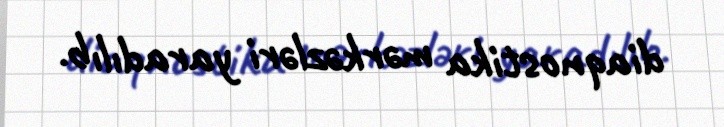
diaqnostika mərkəzləri yaradılıb.